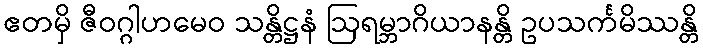
ဧတမှိ ဇီဝဂ္ဂါဟမေဝ သန္တိဋ္ဌနံ ဩရမ္ဘာဂိယာနန္တိ ဥပသင်္ကမိဿန္တိ